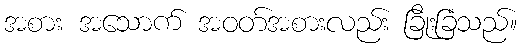
အစား အသောက် အဝတ်အစားလည်း ခြိုးခြံသည်။